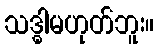
သဒ္ဓါမဟုတ်ဘူး။